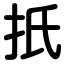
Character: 扺